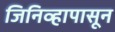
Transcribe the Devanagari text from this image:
जिनिव्हापासून